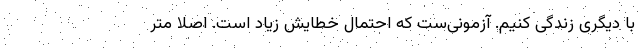
با دیگری زندگی کنیم. آزمونی‌ست که احتمال خطایش زیاد است. اصلاً متر